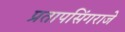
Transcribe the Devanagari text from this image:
प्रतापसिंगराजे